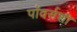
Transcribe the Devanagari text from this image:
पॉवर्सशी